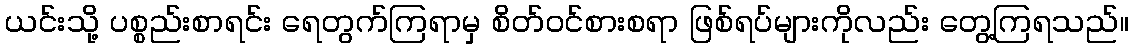
ယင်းသို့ ပစ္စည်းစာရင်း ရေတွက်ကြရာမှ စိတ်ဝင်စားစရာ ဖြစ်ရပ်များကိုလည်း တွေ့ကြရသည်။